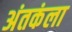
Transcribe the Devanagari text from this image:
अंतकंला